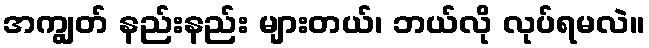
အကျွတ် နည်းနည်း များတယ်၊ ဘယ်လို လုပ်ရမလဲ။